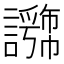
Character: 𧭕